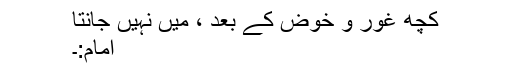
کچھ غور و خوض کے بعد ، میں نہیں جانتا
امام:۔